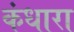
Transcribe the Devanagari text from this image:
कंधारा